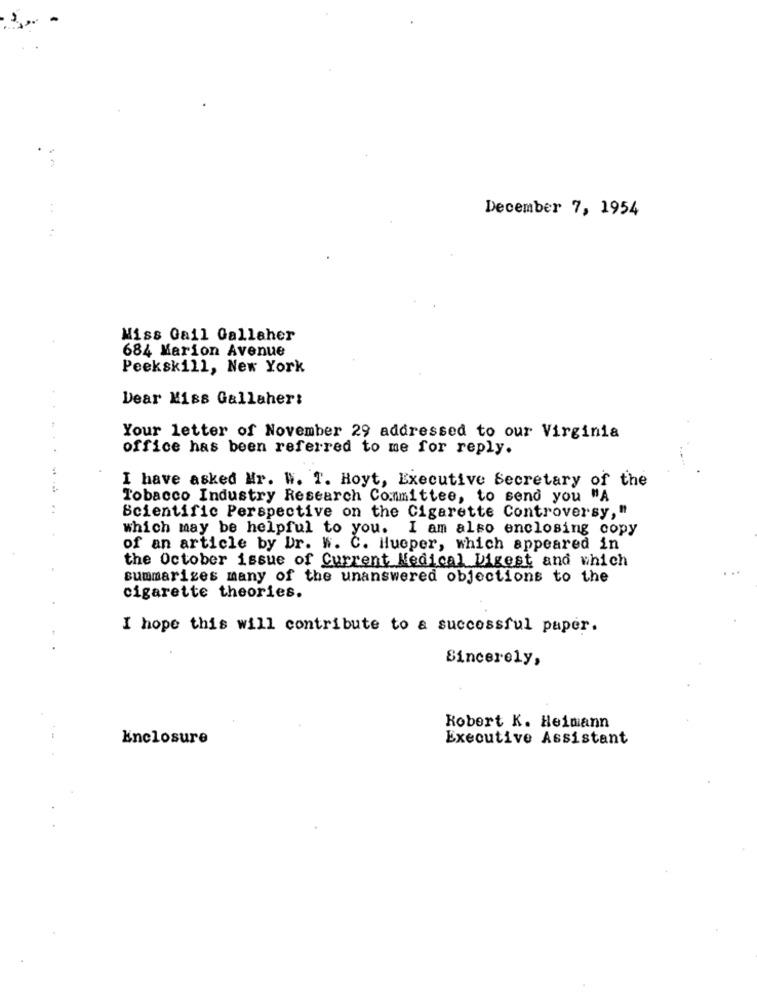
December 7, 1954
Miss Gail Gallaher
684 Marion Avenue
Peekskill, New York
Dear Miss Gallaher:
Your letter of November 29 addressed to our Virginia
office has been referred to me for reply.
I have asked Mr. W. T. Hoyt, Executive Secretary of the
Tobacco Industry Research Committee, to send you "A
Scientific Perspective on the Cigarette Controversy,"
which may be helpful to you. I am also enclosing copy
of an article by Dr. W. C. Hueper, which appeared in
the October issue of Current Medical Digest and which
summarizes many of the unanswered objections to the
cigarette theories.
I hope this will contribute to a successful paper.
Sincerely,
Robert K. Heimann
Enclosure
Executive Assistant